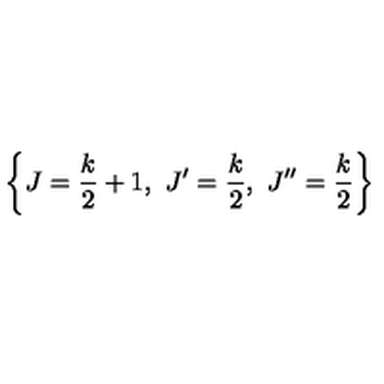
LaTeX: \left\{ J = \frac { k } { 2 } + 1 , \ J ^ { \prime } = \frac { k } { 2 } , \ J ^ { \prime \prime } = \frac { k } { 2 } \right\}